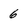
Character: 6